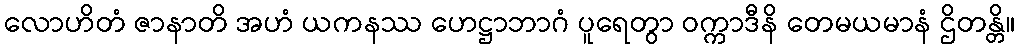
လောဟိတံ ဇာနာတိ အဟံ ယကနဿ ဟေဋ္ဌာဘာဂံ ပူရေတွာ ဝက္ကာဒီနိ တေမယမာနံ ဌိတန္တိ။